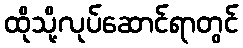
ထိုသို့လုပ်ဆောင်ရာတွင်